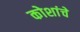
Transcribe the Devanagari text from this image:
कोशांचे